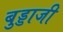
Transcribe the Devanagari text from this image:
बुड्डाजी